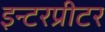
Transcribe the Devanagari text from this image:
इन्टरप्रीटर